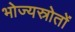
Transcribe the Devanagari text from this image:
भोज्यस्रोतों